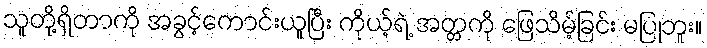
သူတို့ရှိတာကို အခွင့်ကောင်းယူပြီး ကိုယ့်ရဲ့ အတ္တကို ဖြေသိမ့်ခြင်း မပြုဘူး။